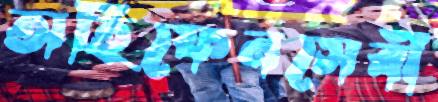
অহিফেনসেবী